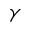
\gamma